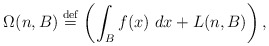
\begin{align*}\Omega (n,B)\stackrel{\rm def}{=}\left( \int_{B}f(x)\,\,dx+L(n,B)\right) ,\end{align*}